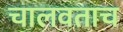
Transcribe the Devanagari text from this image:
चालवताच